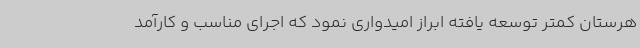
هرستان کمتر توسعه یافته ابراز امیدواری نمود که اجرای مناسب و کارآمد